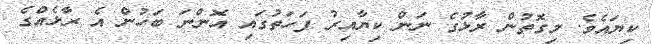
ކިޔައެވެ. މިގޮތުން ރާޅުގެ ނަން ކިޔާއިރު ފަހަތުގައި އޮންނަ ބަހުން އެ ރާޅެއްގެ